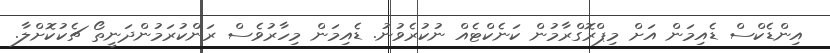
އިންޑެކްސް ޑެއިމަން އަށް މިޕްރޮގްރާމުން ކަނެކްޓެއް ނުކުރެވުނު. ޑެއިމަން މިހާރުވެސް ރަންކުރަމުންދަނީތޯ ޗެކުކޮށްލާ.